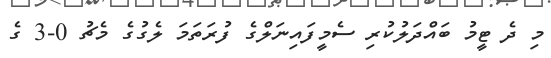
މި ދެ ޓީމު ބައްދަލުކުރި ސެމީފައިނަލްގެ ފުރަތަމަ ލެގުގެ މެޗު 0-3 ގެ